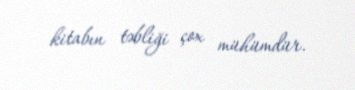
kitabın təbliği çox mühümdür.